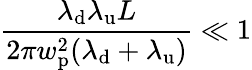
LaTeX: \frac{\lambda_{\mathrm{d}}\lambda_{\mathrm{u}}L}{2\pi w_{\mathrm{p}}^{2}(\lambda_{\mathrm{d}}+\lambda_{\mathrm{u}})}\ll 1